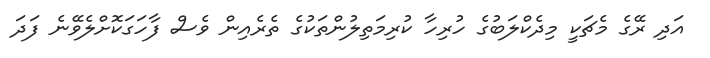
އަދި ރޭގެ މެޗަކީ މިދެކްލަބުގެ ހުރިހާ ކުރިމަތިލުންތަކުގެ ތެރެއިން ވެސް ފާހަގަކޮށްލެވޭނެ ފަދަ